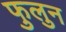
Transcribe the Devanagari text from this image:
फुलुन